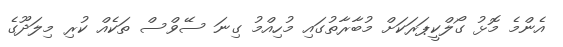
އެންމެ މޮޅު ގޯލްކީޕަރަކަށް މުބާރާތުގައި މުހިއްމު ގިނަ ސޭވްސް ތަކެއް ކުރި މިލަދޫގެ